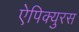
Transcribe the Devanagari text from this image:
ऐपिक्युरस